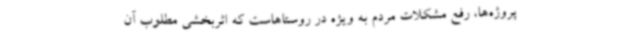
پروژه‌ها، رفع مشکلات مردم به ویژه در روستاهاست که اثربخشی مطلوب آن